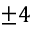
\pm 4